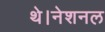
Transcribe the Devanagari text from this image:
थे।नेशनल